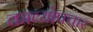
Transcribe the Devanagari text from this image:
काव्योपचार